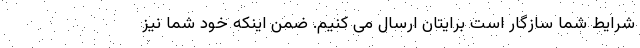
شرایط شما سازگار است برایتان ارسال می کنیم. ضمن اینکه خود شما نیز